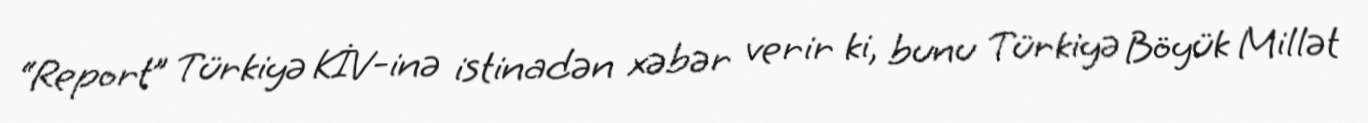
“Report” Türkiyə KİV-inə istinadən xəbər verir ki, bunu Türkiyə Böyük Millət